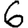
Digit: 6